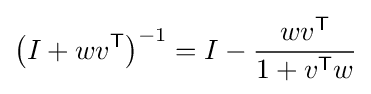
\left(I+wv^{\textsf {T}}\right)^{-1}=I-{\frac {wv^{\textsf {T}}}{1+v^{\textsf {T}}w}}